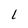
Character: L